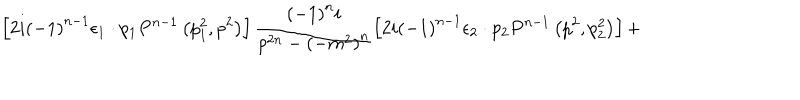
LaTeX: \left[ 2 i { \left( - 1 \right) } ^ { n - 1 } { \epsilon } _ { 1 } \cdot p _ { 1 } P ^ { n - 1 } \left( p _ { 1 } ^ { 2 } , p ^ { 2 } \right) \right] \frac { { \left( - 1 \right) } ^ { n } i } { p ^ { 2 n } - { \left( - m ^ { 2 } \right) } ^ { n } } \left[ 2 i { \left( - 1 \right) } ^ { n - 1 } { \epsilon } _ { 2 } \cdot p _ { 2 } P ^ { n - 1 } \left( p ^ { 2 } , p _ { 2 } ^ { 2 } \right) \right] +